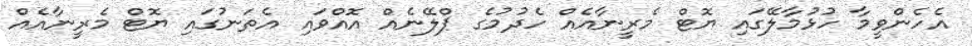
އެހެންވީމާ ހުޅުމާލޭގައި ޔޮޓް މެރީނާއެއް ހެދުމުގެ ޕްލޭނެއް އޮއްވައި އެތަނުގައި ޔޮޓް މެރީނާއެއް